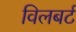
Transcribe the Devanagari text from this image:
विलबर्ट